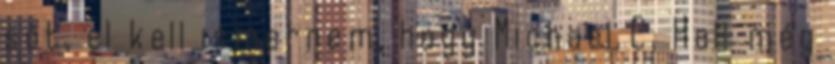
sőt, el kell ismernem, hogy Michael C. Hall még